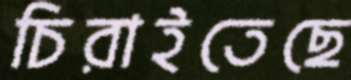
চিরাইতেছে